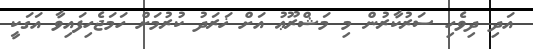
އަދި ދިވެހި ސަރުކާރުން މި މަޝްރޫޢު އަށް ޚަރަދު ކުރުމަށް ހަމަޖެހިފައިވާ އަގަކީ